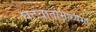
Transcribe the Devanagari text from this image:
घटवार्तामाध्यमा